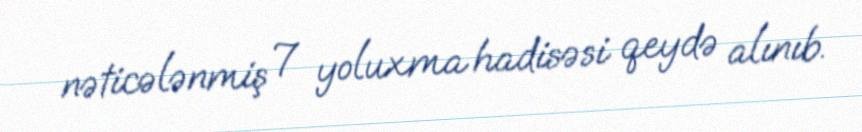
nəticələnmiş 7 yoluxma hadisəsi qeydə alınıb.